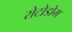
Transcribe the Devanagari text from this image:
रोटोडोम